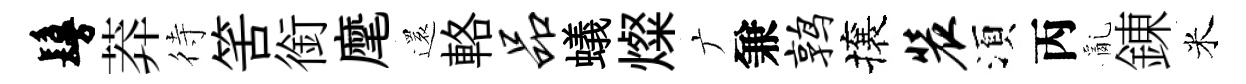
鬘莽待筈銜麾還輅品蟻燦广兼鹑攘装湏丙亂錬米